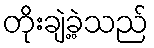
တိုးချဲ့ခဲ့သည်